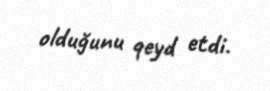
olduğunu qeyd etdi.